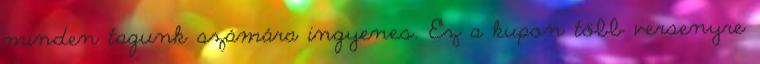
minden tagunk számára ingyenes. Ez a kupon több versenyre